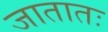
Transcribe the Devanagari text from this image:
जातातः